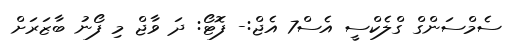
ސެމްސަންގް ގްލެކްސީ އެސް7 އެޖް:- ފޮޓޯ: ދަ ވާޖް މި ފޯނު ބާޒަރަށް